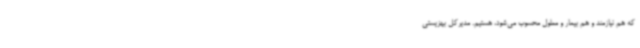
که هم نیازمند و هم بیمار و معلول محسوب می‌شود، هستیم. مدیرکل بهزیستی